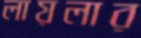
লায়লার